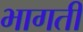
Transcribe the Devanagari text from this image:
भागतीं